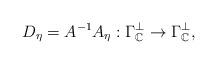
LaTeX: \begin{align*} D_{\eta}=A^{-1}A_{\eta}:\Gamma_{\mathbb{C}}^\perp\rightarrow\Gamma_{\mathbb{C}}^\perp,\end{align*}